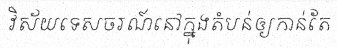
វិស័យទេសចរណ៍នៅក្នុងតំបន់ឲ្យកាន់តែ